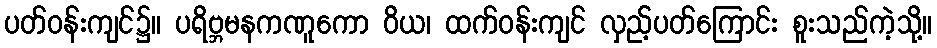
ပတ်ဝန်းကျင်၌။ ပရိဗ္ဘမနကဏူကော ဝိယ၊ ထက်ဝန်းကျင် လှည့်ပတ်ကြောင်း စူးသည်ကဲ့သို့။